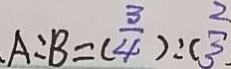
A : B = ( \frac { 3 } { 4 } ) : ( \frac { 2 } { 3 } ) .